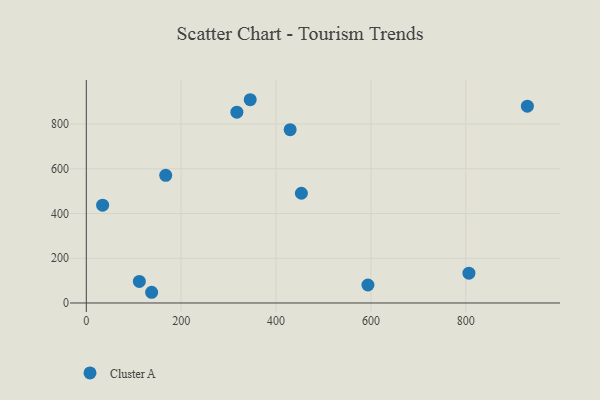
{"axis": {"x": "Distance", "y": "Sales"}, "legend": ["Cluster A"], "data": [{"x": "429.7", "y": 774.8, "type": "Cluster A"}, {"x": "317.4", "y": 852.8, "type": "Cluster A"}, {"x": "593.7", "y": 80.5, "type": "Cluster A"}, {"x": "137.7", "y": 47.9, "type": "Cluster A"}, {"x": "806.6", "y": 133.2, "type": "Cluster A"}, {"x": "929.8", "y": 879.9, "type": "Cluster A"}, {"x": "345.5", "y": 908.6, "type": "Cluster A"}, {"x": "453.4", "y": 490.6, "type": "Cluster A"}, {"x": "111.8", "y": 96.4, "type": "Cluster A"}, {"x": "34.4", "y": 437.2, "type": "Cluster A"}, {"x": "167.4", "y": 570.6, "type": "Cluster A"}]}